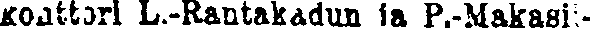
konttori L.-Rantakadun ja P.-Makasii-